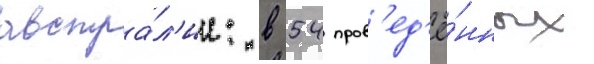
австра́л'ии: в 54 пров'ед'ё́нных